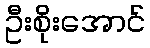
ဦးစိုးအောင်